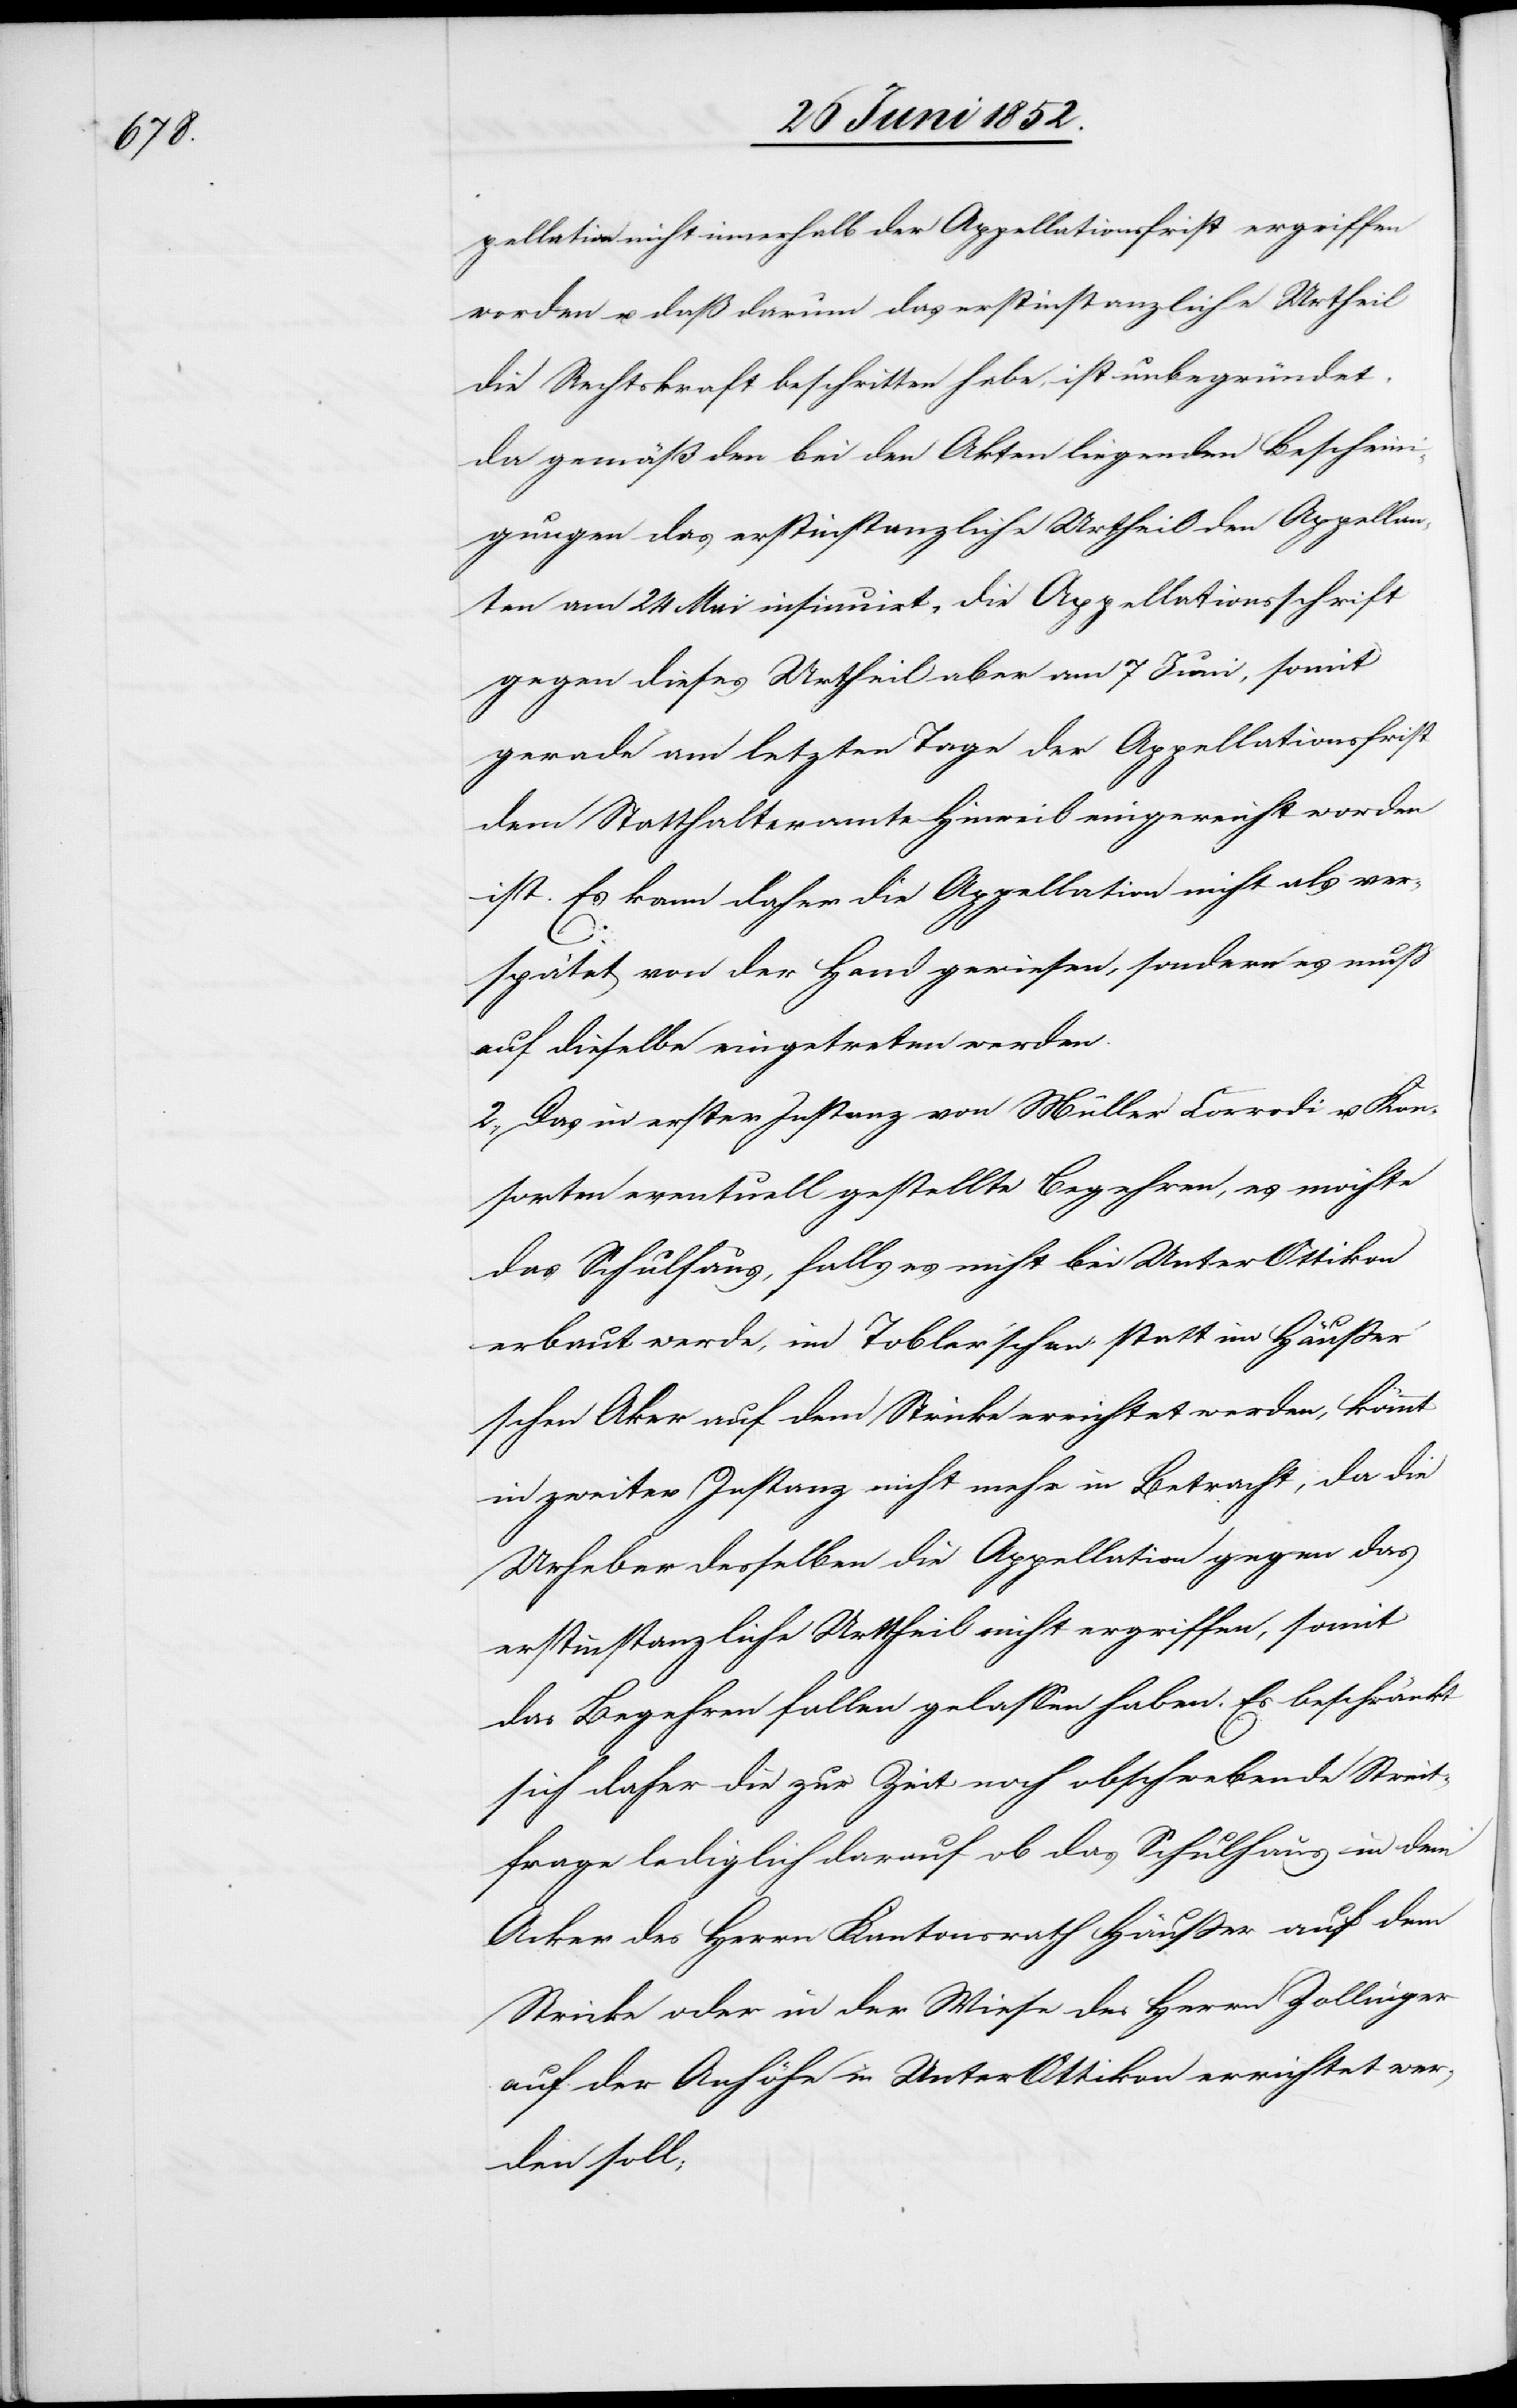
pellation nicht innerhalb der Appellationsfrist ergriffen
worden u. daß darum das erstinstanzliche Urtheil
die Rechtskraft beschritten habe, ist unbegründet,
da gemäß den bei den Akten liegenden Bescheini¬
gungen das erstinstanzliche Urtheil den Appellan¬
ten am 24 Mai insinuirt, die Appellationsschrift
gegen dieses Urtheil aber am 7 Juni, somit
gerade am letzten Tage der Appellationsfrist
dem Statthalteramte Hinweil eingereicht worden
ist. Es kann daher die Appellation nicht als ver¬
spätet von der Hand gewiesen, sondern es muß
auf dieselbe eingetreten werden.
2., Das in erster Instanz von Müller Corrodi u. Kon¬
sorten eventuell gestellte Begehren, es möchte
das Schulhaus, falls es nicht bei Unter[-]Ottikon
erbaut werde, im Tobler’schen statt im Häusse¬
r’schen A[c]ker auf dem Stricke errichtet werden, kömmt
in zweiter Instanz nicht mehr in Betracht, da die
Urheber desselben die Appellation gegen das
erstinstanzliche Urttheil [sic!] nicht ergriffen, somit
das Begehren fallen gelassen haben. Es beschränkt
sich daher die zur Zeit noch obschwebende Streit¬
frage lediglich darauf ob das Schulhaus in dem
Acker des Herrn Kantonsrath Häusser auf dem
Stricke oder in der Wiese des Herrn Zollinger
auf der Anhöhe in Unter[-]Ottikon errichtet wer¬
den soll;